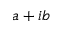
a + i b